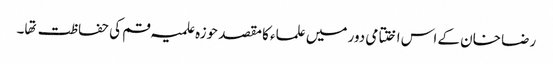
رضا خان کے اس اختتامی دور میں علماء کا مقصد حوزہ علمیہ قم کی حفاظت تها۔